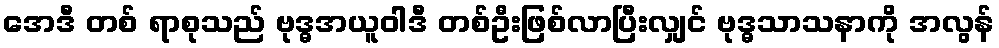
အေဒီ တစ် ရာစုသည် ဗုဒ္ဓအယူဝါဒီ တစ်ဦးဖြစ်လာပြီးလျှင် ဗုဒ္ဓသာသနာကို အလွန်